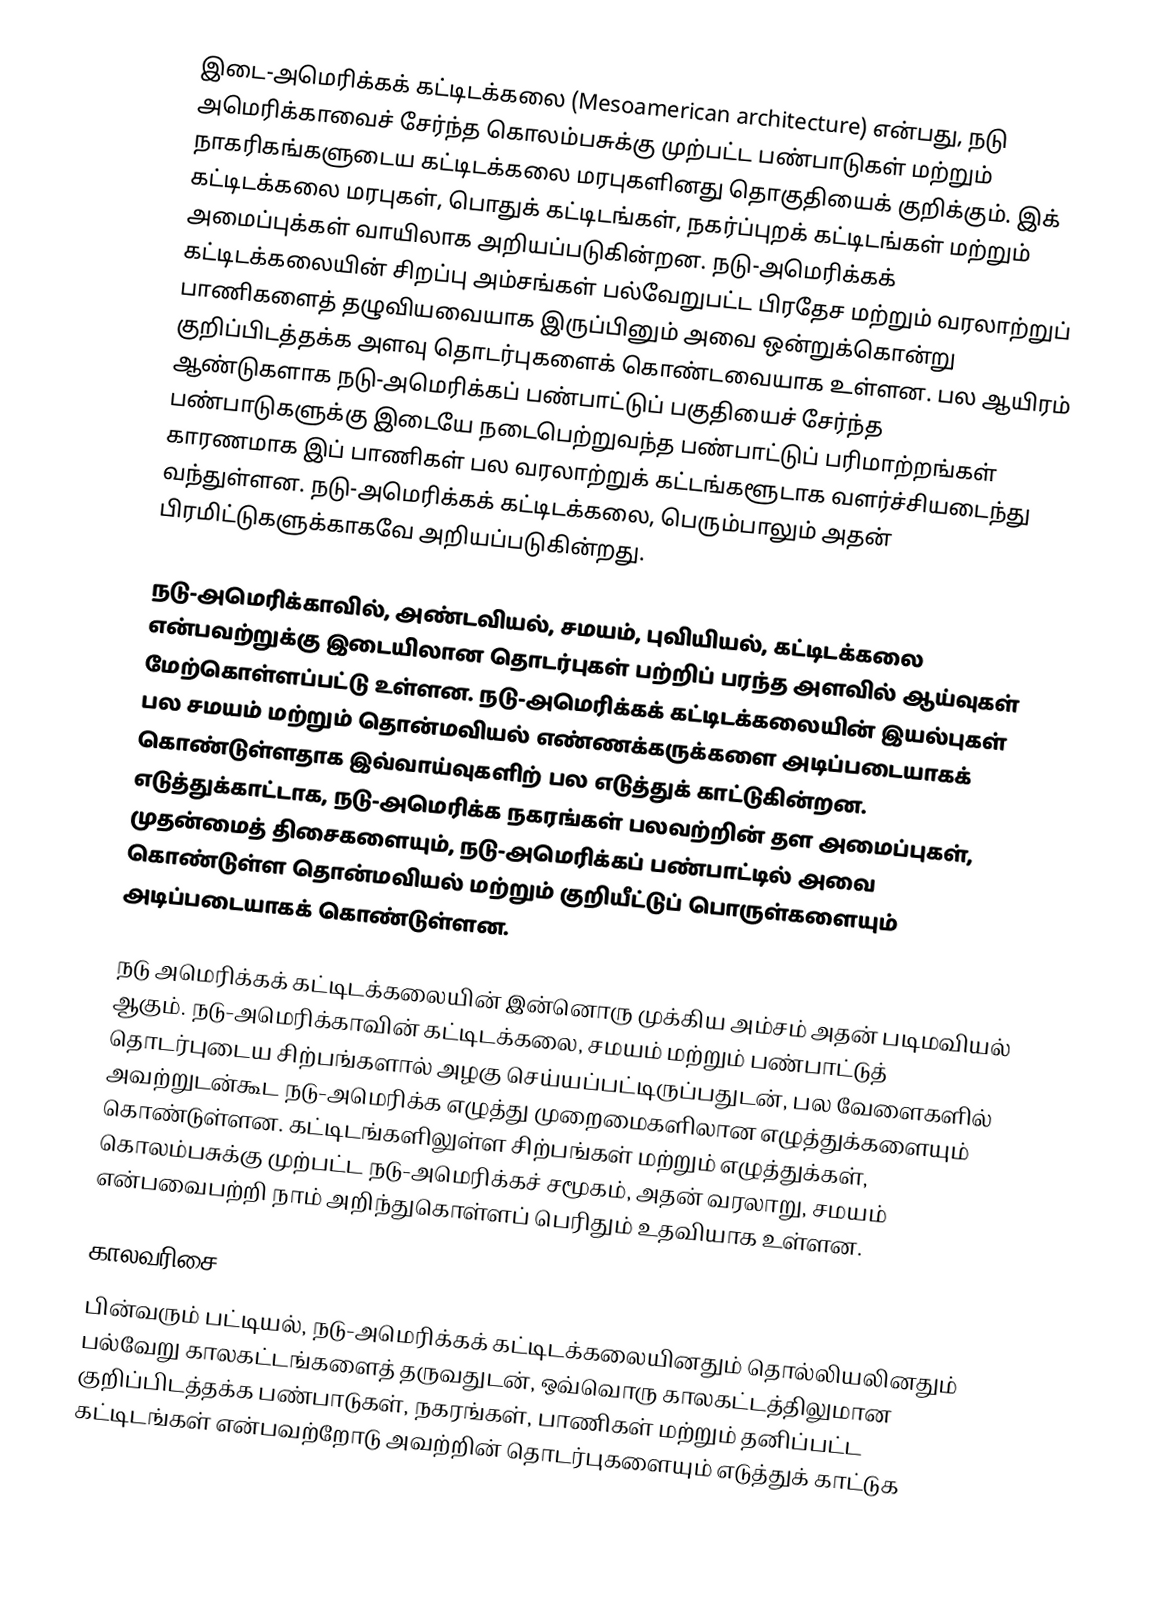
இடை-அமெரிக்கக் கட்டிடக்கலை (Mesoamerican architecture) என்பது, நடு அமெரிக்காவைச் சேர்ந்த கொலம்பசுக்கு முற்பட்ட பண்பாடுகள் மற்றும் நாகரிகங்களுடைய கட்டிடக்கலை மரபுகளினது தொகுதியைக் குறிக்கும். இக் கட்டிடக்கலை மரபுகள், பொதுக் கட்டிடங்கள், நகர்ப்புறக் கட்டிடங்கள் மற்றும் அமைப்புக்கள் வாயிலாக அறியப்படுகின்றன. நடு-அமெரிக்கக் கட்டிடக்கலையின் சிறப்பு அம்சங்கள் பல்வேறுபட்ட பிரதேச மற்றும் வரலாற்றுப் பாணிகளைத் தழுவியவையாக இருப்பினும் அவை ஒன்றுக்கொன்று குறிப்பிடத்தக்க அளவு தொடர்புகளைக் கொண்டவையாக உள்ளன. பல ஆயிரம் ஆண்டுகளாக நடு-அமெரிக்கப் பண்பாட்டுப் பகுதியைச் சேர்ந்த பண்பாடுகளுக்கு இடையே நடைபெற்றுவந்த பண்பாட்டுப் பரிமாற்றங்கள் காரணமாக இப் பாணிகள் பல வரலாற்றுக் கட்டங்களூடாக வளர்ச்சியடைந்து வந்துள்ளன. நடு-அமெரிக்கக் கட்டிடக்கலை, பெரும்பாலும் அதன் பிரமிட்டுகளுக்காகவே அறியப்படுகின்றது.

நடு-அமெரிக்காவில், அண்டவியல், சமயம், புவியியல், கட்டிடக்கலை என்பவற்றுக்கு இடையிலான தொடர்புகள் பற்றிப் பரந்த அளவில் ஆய்வுகள் மேற்கொள்ளப்பட்டு உள்ளன. நடு-அமெரிக்கக் கட்டிடக்கலையின் இயல்புகள் பல சமயம் மற்றும் தொன்மவியல் எண்ணக்கருக்களை அடிப்படையாகக் கொண்டுள்ளதாக இவ்வாய்வுகளிற் பல எடுத்துக் காட்டுகின்றன. எடுத்துக்காட்டாக, நடு-அமெரிக்க நகரங்கள் பலவற்றின் தள அமைப்புகள், முதன்மைத் திசைகளையும், நடு-அமெரிக்கப் பண்பாட்டில் அவை கொண்டுள்ள தொன்மவியல் மற்றும் குறியீட்டுப் பொருள்களையும் அடிப்படையாகக் கொண்டுள்ளன.

நடு அமெரிக்கக் கட்டிடக்கலையின் இன்னொரு முக்கிய அம்சம் அதன் படிமவியல் ஆகும். நடு-அமெரிக்காவின் கட்டிடக்கலை, சமயம் மற்றும் பண்பாட்டுத் தொடர்புடைய சிற்பங்களால் அழகு செய்யப்பட்டிருப்பதுடன், பல வேளைகளில் அவற்றுடன்கூட நடு-அமெரிக்க எழுத்து முறைமைகளிலான எழுத்துக்களையும் கொண்டுள்ளன. கட்டிடங்களிலுள்ள சிற்பங்கள் மற்றும் எழுத்துக்கள், கொலம்பசுக்கு முற்பட்ட நடு-அமெரிக்கச் சமூகம், அதன் வரலாறு, சமயம் என்பவைபற்றி நாம் அறிந்துகொள்ளப் பெரிதும் உதவியாக உள்ளன.

காலவரிசை
பின்வரும் பட்டியல், நடு-அமெரிக்கக் கட்டிடக்கலையினதும் தொல்லியலினதும் பல்வேறு காலகட்டங்களைத் தருவதுடன், ஒவ்வொரு காலகட்டத்திலுமான குறிப்பிடத்தக்க பண்பாடுகள், நகரங்கள், பாணிகள் மற்றும் தனிப்பட்ட கட்டிடங்கள் என்பவற்றோடு அவற்றின் தொடர்புகளையும் எடுத்துக் காட்டுக